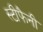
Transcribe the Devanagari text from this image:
स्टीफैनी